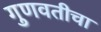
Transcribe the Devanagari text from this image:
गुणवतीचा